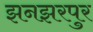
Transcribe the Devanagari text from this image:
झनझरपुर